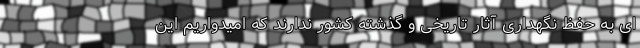
ای به حفظ نگهداری آثار تاریخی و گذشته کشور ندارند که امیدواریم این